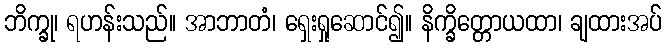
ဘိက္ခု၊ ရဟန်းသည်။ အာဘာတံ၊ ရှေးရှုဆောင်၍။ နိက္ခိတ္တောယထာ၊ ချထားအပ်